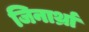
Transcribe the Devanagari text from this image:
जिनार्थ्रा